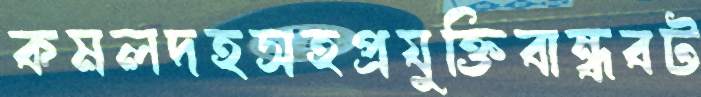
কমলদহসহপ্রযুক্তিবান্ধবট